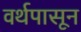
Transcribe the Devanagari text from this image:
वर्थपासून